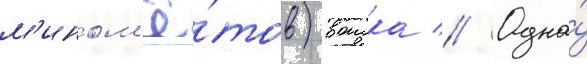
м'ином'ё́тов) воиска // Одна́